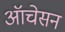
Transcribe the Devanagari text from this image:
ऑचेसन